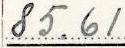
85.61